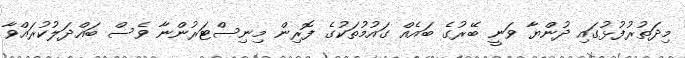
މިދަތުރުފުޅުގައި ދުންޔާ ވަނީ ބޭރުގެ ބައެއް ގައުމުތަކުގެ ފޮރިން މިނިސްޓަރުންނާ ވެސް ބައްދަލުކުރައްވާ